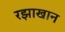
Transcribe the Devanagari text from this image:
रझाखान